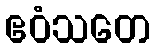
ဧဝံသတေ